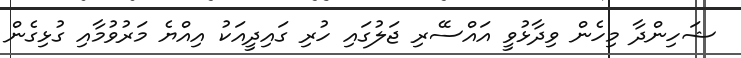
ޝަހިންދާ މިހެން ވިދާޅުވީ އައްސޭރި ޖަލުގައި ހުރި ގައިދީއަކު އިއްޔެ މަރުވުމާއި ގުޅިގެން